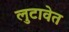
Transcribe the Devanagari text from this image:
लुटावेत